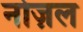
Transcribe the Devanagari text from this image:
नोज़ल